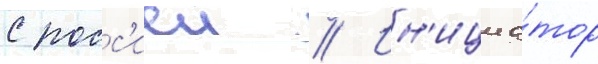
с росс'иеи // Ин'ициа́тор